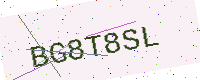
Text: BG8T8SL